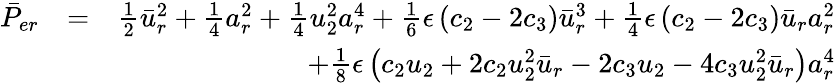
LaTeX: \begin{array}{rlr}{\bar{P}_{er}}&{=}&{\frac{1}{2}\bar{u}_{r}^{2}+\frac{1}{4}a_{r}^{2}+\frac{1}{4}u_{2}^{2}a_{r}^{4}+\frac{1}{6}\epsilon\left(c_{2}-2c_{3}\right)\bar{u}_{r}^{3}+\frac{1}{4}\epsilon\left(c_{2}-2c_{3}\right)\bar{u}_{r}a_{r}^{2}}\\ &{}&{\mathrm+\frac{1}{8}\epsilon\left(c_{2}u_{2}+2c_{2}u_{2}^{2}\bar{u}_{r}-2c_{3}u_{2}-4c_{3}u_{2}^{2}\bar{u}_{r}\right)a_{r}^{4}}\end{array}